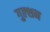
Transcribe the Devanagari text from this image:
गुल्शन